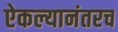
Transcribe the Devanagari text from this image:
ऐकल्यानंतरच